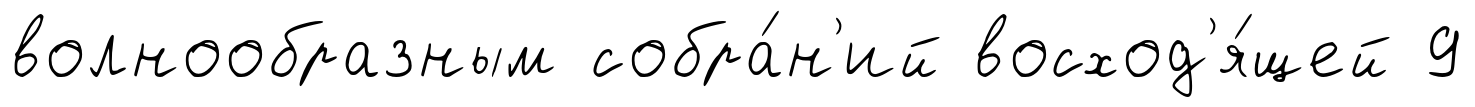
волнообразным собра́н'ий восход'я́щей 9